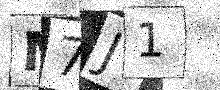
Text: M7J1